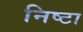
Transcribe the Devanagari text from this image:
निष्टा